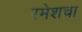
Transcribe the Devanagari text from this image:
रमेशचा